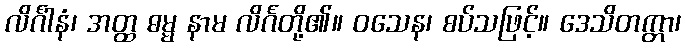
လိင်္ဂါနံ၊ အတ္ထ ဓမ္မ နာမ လိင်္ဂတို့၏။ ဝသေန၊ စပ်သဖြင့်။ ဒေသိတက္တာ၊